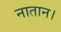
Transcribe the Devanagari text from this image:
नातान।